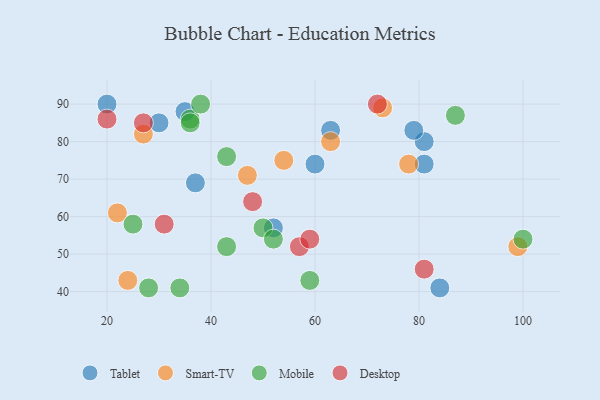
{"axis": {"x": "GDP", "y": "Life Expectancy"}, "legend": ["Desktop", "Mobile", "Smart-TV", "Tablet"], "data": [{"x": "35", "y": 88, "type": "Tablet"}, {"x": "52", "y": 57, "type": "Tablet"}, {"x": "30", "y": 85, "type": "Tablet"}, {"x": "84", "y": 41, "type": "Tablet"}, {"x": "81", "y": 74, "type": "Tablet"}, {"x": "37", "y": 69, "type": "Tablet"}, {"x": "63", "y": 83, "type": "Tablet"}, {"x": "60", "y": 74, "type": "Tablet"}, {"x": "20", "y": 90, "type": "Tablet"}, {"x": "81", "y": 80, "type": "Tablet"}, {"x": "79", "y": 83, "type": "Tablet"}, {"x": "73", "y": 89, "type": "Smart-TV"}, {"x": "22", "y": 61, "type": "Smart-TV"}, {"x": "78", "y": 74, "type": "Smart-TV"}, {"x": "27", "y": 82, "type": "Smart-TV"}, {"x": "47", "y": 71, "type": "Smart-TV"}, {"x": "63", "y": 80, "type": "Smart-TV"}, {"x": "24", "y": 43, "type": "Smart-TV"}, {"x": "54", "y": 75, "type": "Smart-TV"}, {"x": "99", "y": 52, "type": "Smart-TV"}, {"x": "28", "y": 41, "type": "Mobile"}, {"x": "59", "y": 43, "type": "Mobile"}, {"x": "36", "y": 86, "type": "Mobile"}, {"x": "50", "y": 57, "type": "Mobile"}, {"x": "87", "y": 87, "type": "Mobile"}, {"x": "25", "y": 58, "type": "Mobile"}, {"x": "100", "y": 54, "type": "Mobile"}, {"x": "38", "y": 90, "type": "Mobile"}, {"x": "36", "y": 85, "type": "Mobile"}, {"x": "43", "y": 76, "type": "Mobile"}, {"x": "52", "y": 54, "type": "Mobile"}, {"x": "43", "y": 52, "type": "Mobile"}, {"x": "34", "y": 41, "type": "Mobile"}, {"x": "48", "y": 64, "type": "Desktop"}, {"x": "57", "y": 52, "type": "Desktop"}, {"x": "81", "y": 46, "type": "Desktop"}, {"x": "27", "y": 85, "type": "Desktop"}, {"x": "20", "y": 86, "type": "Desktop"}, {"x": "72", "y": 90, "type": "Desktop"}, {"x": "59", "y": 54, "type": "Desktop"}, {"x": "31", "y": 58, "type": "Desktop"}]}